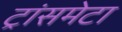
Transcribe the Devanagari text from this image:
ट्रांसमेटा